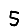
Digit: 5